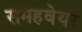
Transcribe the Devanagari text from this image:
समहवेयर